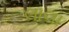
લાલા